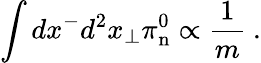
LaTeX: \int dx^{-}d^{2}x_{\perp}\pi_{\mathrm{n}}^{0}\propto\frac{1}{m}\ .